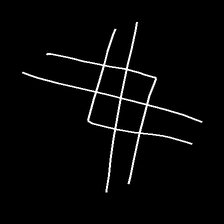
Glyph: crystal